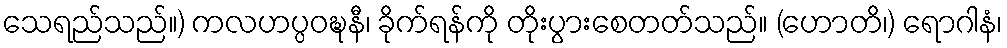
သေရည်သည်။) ကလဟပ္ပဝဍ္ဎနီ၊ ခိုက်ရန်ကို တိုးပွားစေတတ်သည်။ (ဟောတိ၊) ရောဂါနံ၊